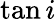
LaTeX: \tan i